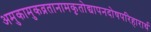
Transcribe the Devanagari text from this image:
अमुकामुकव्रतानामकृतोद्यापनदोषपरिहारार्थ